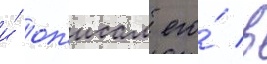
и́ оп'исал его́ в